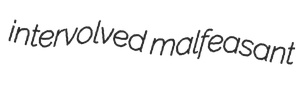
intervolved malfeasant